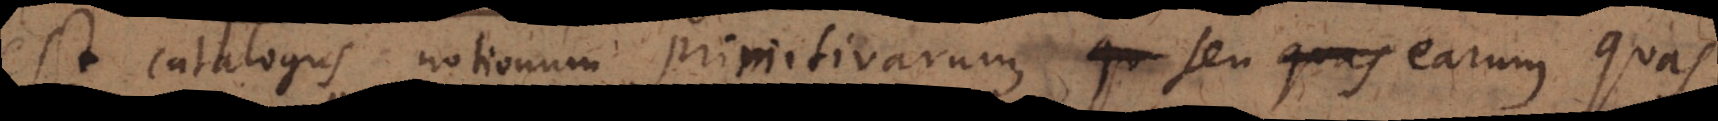
est catalogus notionum primitivarum, qu seu quas earum quas